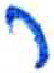
אות: ר